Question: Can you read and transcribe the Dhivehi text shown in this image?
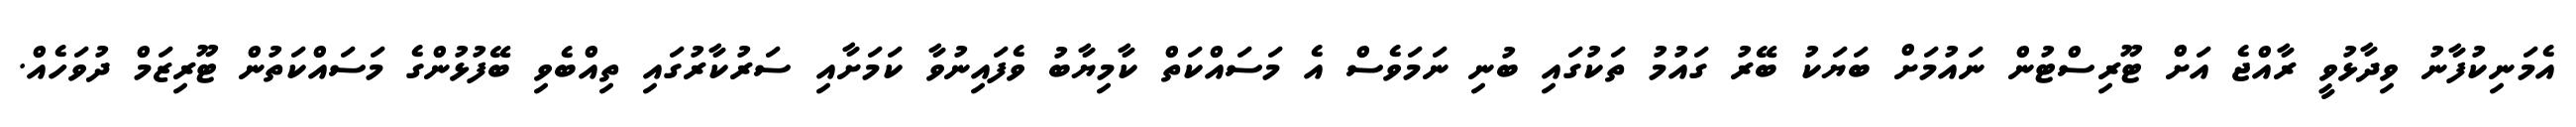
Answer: އެމަނިކުފާނު ވިދާޅުވީ ރާއްޖެ އަށް ޓޫރިސްޓުން ނައުމަށް ބަޔަކު ބޭރު ގައުމު ތަކުގައި ބުނި ނަމަވެސް އެ މަސައްކަތް ކާމިޔާބު ވެފައިނުވާ ކަމަށާއި ސަރުކާރުގައި ތިއްބެވި ބޭފުޅުންގެ މަސައްކަތުން ޓޫރިޒަމް ދުވަހެއް.